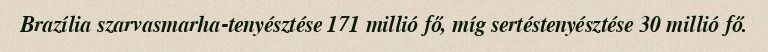
Brazília szarvasmarha-tenyésztése 171 millió fő, míg sertéstenyésztése 30 millió fő.